Civil Veterinary Dept. Bombay admin report 1932-41 - 1932-1941
Year: 1932
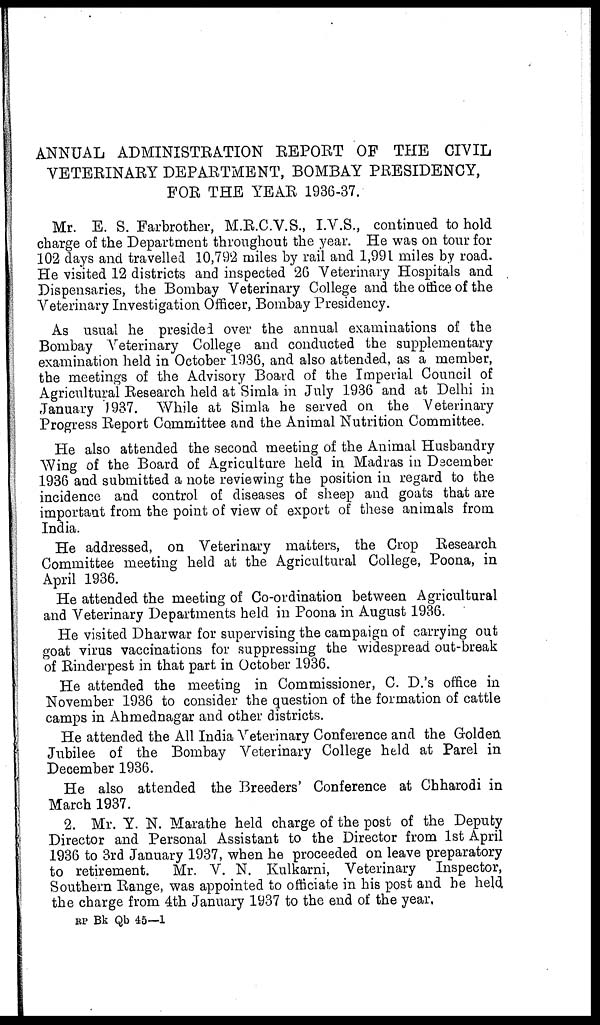
ANNUAL ADMINISTRATION REPORT OF THE CIVIL
VETERINARY DEPARTMENT, BOMBAY PRESIDENCY,
FOR THE YEAR 1936-37.
Mr. E. S. Farbrother, M.R.C.V.S., I.V.S., continued to hold
charge of the Department throughout the year. He was on tour for
102 days and travelled 10,792 miles by rail and 1,991 miles by road.
He visited 12 districts and inspected 26 Veterinary Hospitals and
Dispensaries, the Bombay Veterinary College and the office of the
Veterinary Investigation Officer, Bombay Presidency.
As usual he presided over the annual examinations of the
Bombay Veterinary College and conducted the supplementary
examination held in October 1936, and also attended, as a member,
the meetings of the Advisory Board of the Imperial Council of
Agricultural Research held at Simla in July 1936 and at Delhi in
January 1937. While at Simla he served on the Veterinary
Progress Report Committee and the Animal Nutrition Committee.
He also attended the second meeting of the Animal Husbandry
Wing of the Board of Agriculture held in Madras in December
1936 and submitted a note reviewing the position in regard to the
incidence and control of diseases of sheep and goats that are
important from the point of view of export of these animals from
India.
He addressed, on Veterinary matters, the Crop Research
Committee meeting held at the Agricultural College, Poona, in
April 1936.
He attended the meeting of Co-ordination between Agricultural
and Veterinary Departments held in Poona in August 1936.
He visited Dharwar for supervising the campaign of carrying out
goat virus vaccinations for suppressing the widespread out-break
of Rinderpest in that part in October 1936.
He attended the meeting in Commissioner, C. D.'s office in
November 1936 to consider the question of the formation of cattle
camps in Ahmednagar and other districts.
He attended the All India Veterinary Conference and the Golden
Jubilee of the Bombay Veterinary College held at Parel in
December 1936.
He also attended the Breeders' Conference at Chharodi in
March 1937.
2. Mr. Y. N. Marathe held charge of the post of the Deputy
Director and Personal Assistant to the Director from 1st April
1936 to 3rd January 1937, when he proceeded on leave preparatory
to retirement.
Mr. V. N. Kulkarni, Veterinary Inspector,
Southern Range, was appointed to officiate in his post and be held
the charge from 4th January 1937 to the end of the year,
RP
Bk Qb 45—1